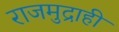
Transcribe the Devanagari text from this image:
राजमुद्राही